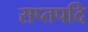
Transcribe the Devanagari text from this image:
सप्तपदि